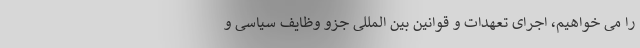
را می خواهیم، اجرای تعهدات و قوانین بین المللی جزو وظایف سیاسی و